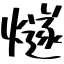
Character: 燧